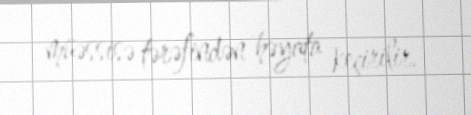
müəssisə tərəfindən həyata keçirilir.